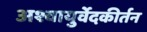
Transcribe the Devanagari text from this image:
अश्वायुर्वेदकीर्तन